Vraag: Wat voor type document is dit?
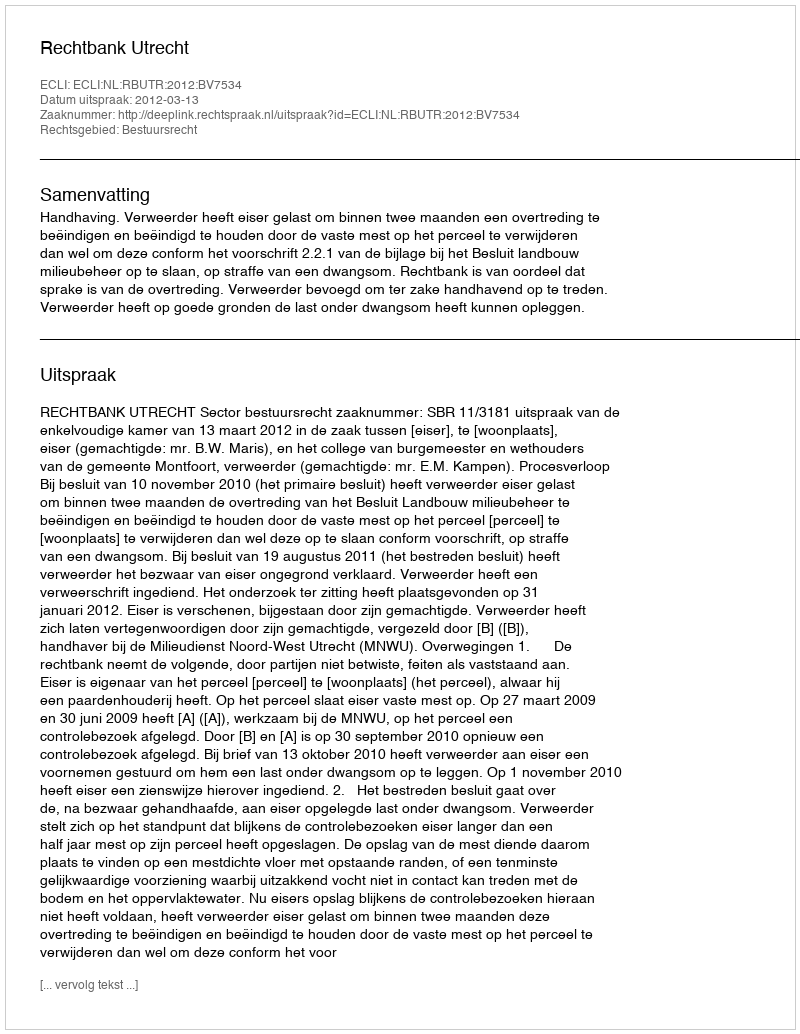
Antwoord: Uitspraak